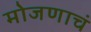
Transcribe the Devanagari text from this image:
मोजणाचं